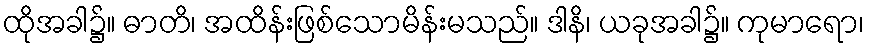
ထိုအခါ၌။ ဓာတိ၊ အထိန်းဖြစ်သောမိန်းမသည်။ ဒါနိ၊ ယခုအခါ၌။ ကုမာရော၊